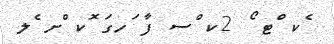
ެކ ްޓ ޯ 2ކ ްސ ފާ ަހގަ ޮކ ްށ ެލ